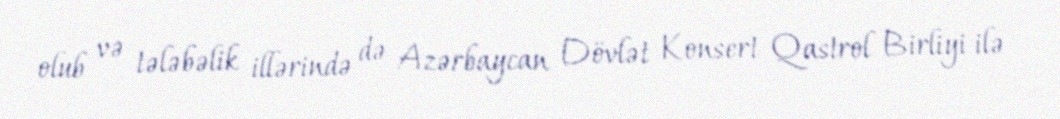
olub və tələbəlik illərində də Azərbaycan Dövlət Konsert Qastrol Birliyi ilə